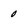
Character: 0